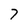
Character: 7